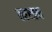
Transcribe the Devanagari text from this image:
वरखन